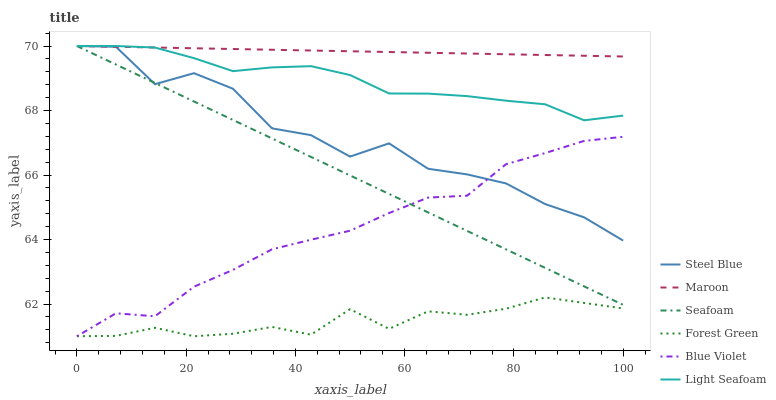
| xaxis_label | Steel Blue | Maroon | Seafoam | Forest Green | Blue Violet | Light Seafoam |
 | --- | --- | --- | --- | --- | --- | --- |
 | 0 | 70 | 70 | 70 | 61 | 61 | 70 |
 | 7.14 | 70 | 70 | 69.4 | 61 | 61.7 | 70 |
 | 14.3 | 68.8 | 70 | 68.9 | 61.3 | 61.6 | 70 |
 | 21.4 | 69.2 | 69.9 | 68.3 | 61 | 62.5 | 69.6 |
 | 28.6 | 68.7 | 69.9 | 67.7 | 61.1 | 63.1 | 69.2 |
 | 35.7 | 67.4 | 69.9 | 67.1 | 61.3 | 63.7 | 69.3 |
 | 42.9 | 67.2 | 69.9 | 66.6 | 61 | 64 | 69.4 |
 | 50 | 66.6 | 69.8 | 66 | 61.8 | 64.3 | 69.1 |
 | 57.1 | 67 | 69.8 | 65.4 | 61.2 | 64.8 | 68.5 |
 | 64.3 | 66.2 | 69.8 | 64.8 | 61.8 | 65.3 | 68.5 |
 | 71.4 | 66 | 69.8 | 64.3 | 61.7 | 65.4 | 68.4 |
 | 78.6 | 65.7 | 69.7 | 63.7 | 61.9 | 66.3 | 68.3 |
 | 85.7 | 65.1 | 69.7 | 63.1 | 62.2 | 66.7 | 68.2 |
 | 92.9 | 64.7 | 69.7 | 62.5 | 62 | 67.1 | 67.7 |
 | 100 | 64 | 69.7 | 62 | 61.9 | 67.2 | 67.8 |